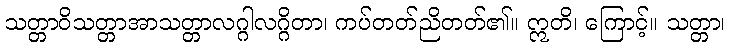
သတ္တာဝိသတ္တာအာသတ္တာလဂ္ဂါလဂ္ဂိတာ၊ ကပ်တတ်ညိတတ်၏။ ဣတိ၊ ကြောင့်။ သတ္တာ၊